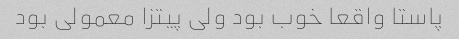
پاستا واقعا خوب بود ولی پیتزا معمولی بود